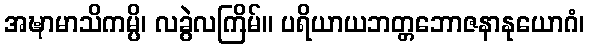
အဍ္ဎာမာသိကမ္ပိ၊ လခွဲလကြိမ်။ ပရိယာယဘတ္တဘောဇနာနုယောဂံ၊